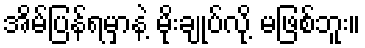
အိမ်ပြန်ရမှာနဲ့ မိုးချုပ်လို့ မဖြစ်ဘူး။